Civil Veterinary Dept. North-West Frontier Province 1933-46 - 1933-1946
Year: 1933
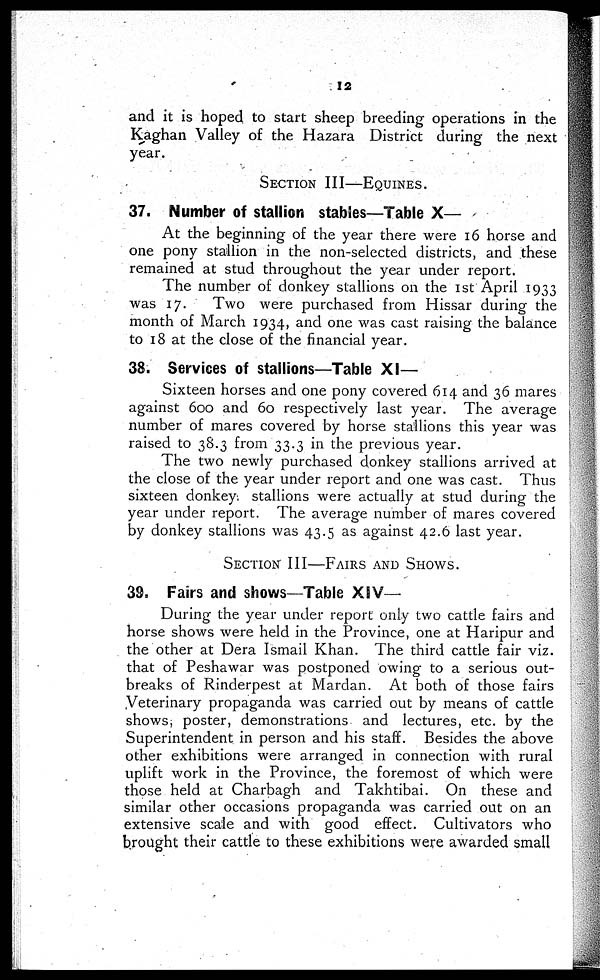
12
and it is hoped to start sheep breeding operations in the
Kaghan Valley of the Hazara District during the next
year.
SECTION III—EQUINES.
37. Number of stallion stables—Table X—
At the beginning of the year there were 16 horse and
one pony stallion in the non-selected districts, and these
remained at stud throughout the year under report.
The number of donkey stallions on the 1st April 1933
was 17.
Two were purchased from Hissar during the
month of March 1934, and one was cast raising the balance
to 18 at the close of the financial year.
38. Services of stallions—Table XI—
Sixteen horses and one pony covered 614 and 36 mares
against 600 and 60 respectively last year. The average
number of mares covered by horse stallions this year was
raised to 38.3 from 33.3 in the previous year.
The two newly purchased donkey stallions arrived at
the close of the year under report and one was cast. Thus
sixteen donkey stallions were actually at stud during the
year under report. The average number of mares covered
by donkey stallions was 43.5 as against 42.6 last year.
SECTION III—FAIRS AND SHOWS.
39. Fairs and shows—Table XIV—
During the year under report only two cattle fairs and
horse shows were held in the Province, one at Haripur and
the other at Dera Ismail Khan. The third cattle fair viz.
that of Peshawar was postponed owing to a serious out-
breaks of Rinderpest at Mardan. At both of those fairs
Veterinary propaganda was carried out by means of cattle
shows, poster, demonstrations and lectures, etc. by the
Superintendent in person and his staff. Besides the above
other exhibitions were arranged in connection with rural
uplift work in the Province, the foremost of which were
those held at Charbagh and Takhtibai. On these and
similar other occasions propaganda was carried out on an
extensive scale and with good effect. Cultivators who
brought their cattle to these exhibitions were awarded small